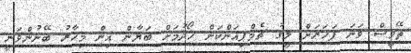
ތޭވީސް ވަނަ ފަހަރަށް ލީގު ޗެމްޕިއަންކަން ހޯދުމަށް ބަޔާން އިން މިހާރު ބޭނުންވަނީ